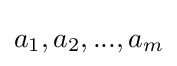
a_{1},a_{2},...,a_{m}